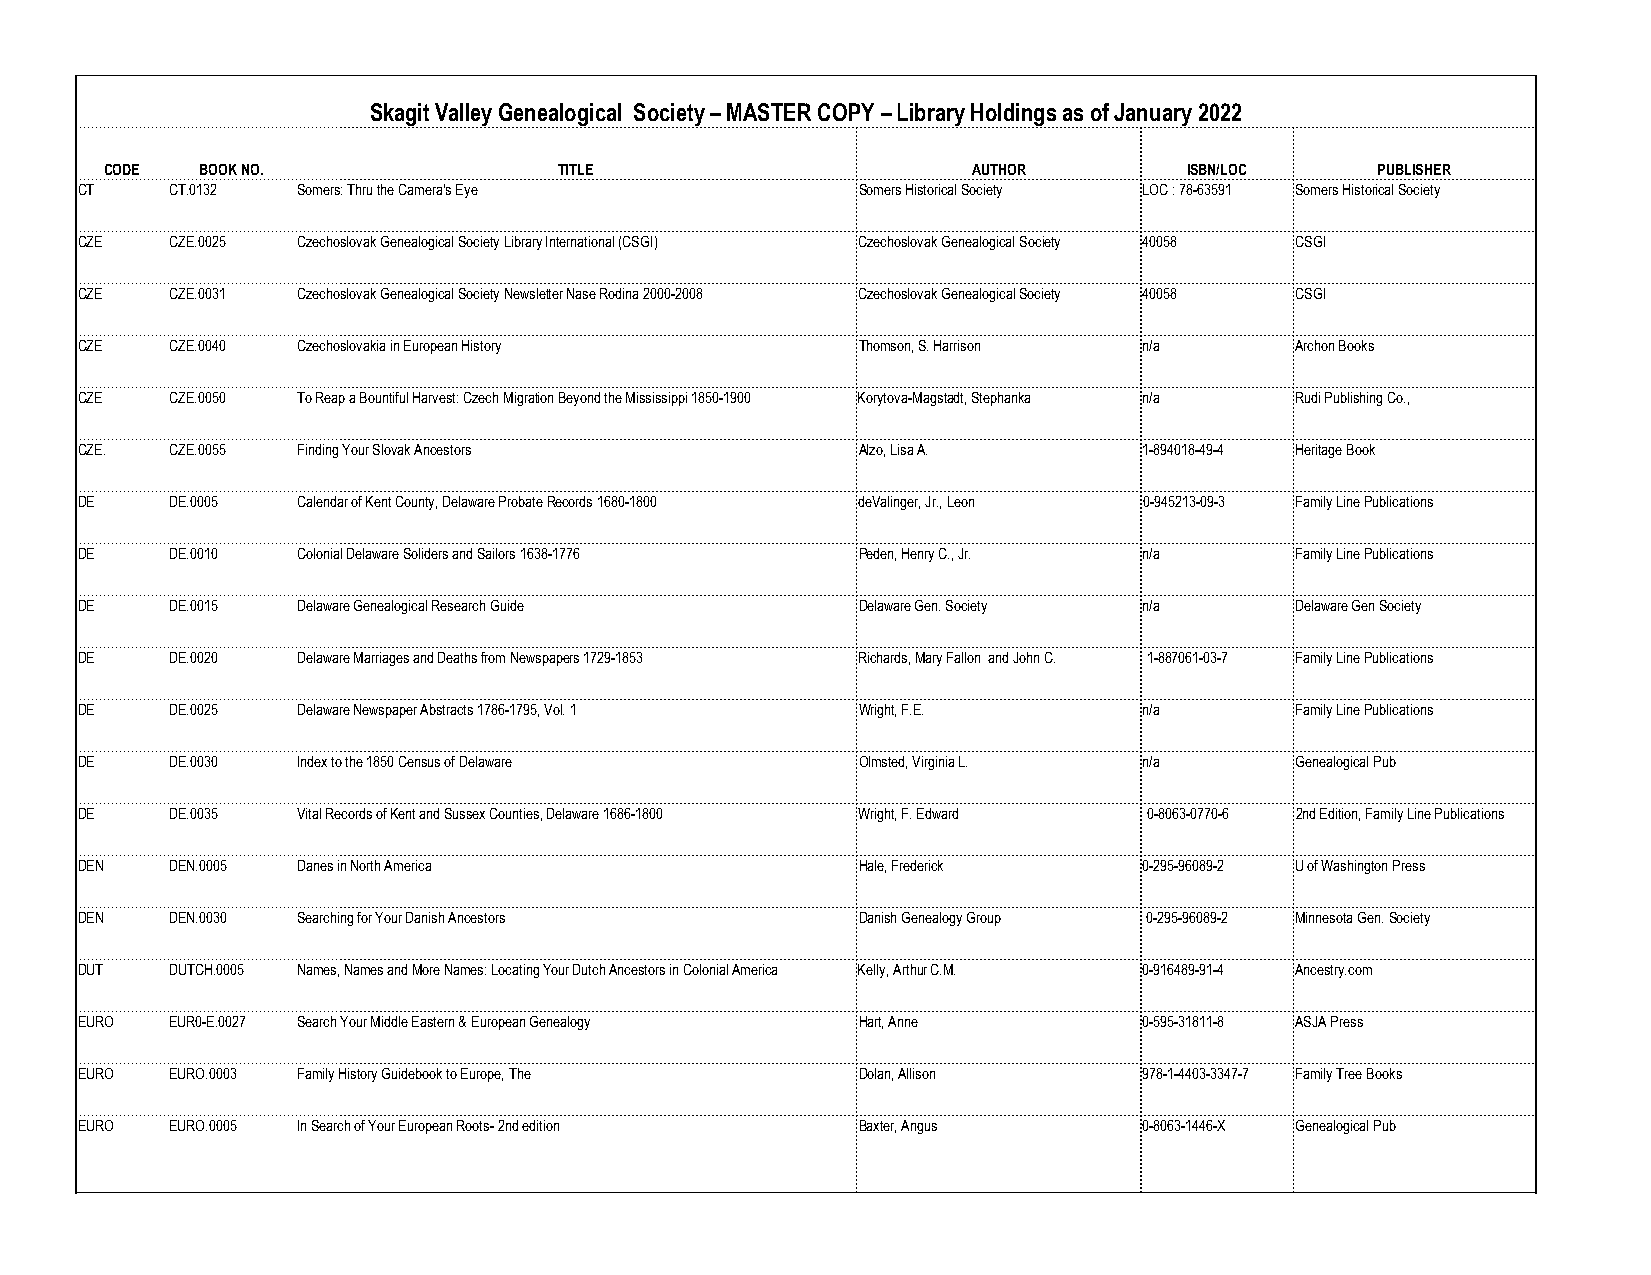
Skagit Valley Genealogical Society – MASTER COPY – Library Holdings as of January 2022
 CODE  BOOK NO.                TITLE                      AUTHOR         ISBN/LOC    PUBLISHER
 CT    CT.0132  Somers: Thru the Camera's Eye        Somers Historical Society LOC : 78-63591 Somers Historical Society
 CZE   CZE.0025 Czechoslovak Genealogical Society Library International (CSGI) Czechoslovak Genealogical Society 40058 CSGI
 CZE   CZE.0031 Czechoslovak Genealogical Society Newsletter Nase Rodina 2000-2008 Czechoslovak Genealogical Society 40058 CSGI
 CZE   CZE.0040 Czechoslovakia in European History   Thomson, S. Harrison n/a     Archon Books
 CZE   CZE.0050 To Reap a Bountiful Harvest: Czech Migration Beyond the Mississippi 1850-1900 Korytova-Magstadt, Stephanka n/a Rudi Publishing Co.,
 CZE.  CZE.0055 Finding Your Slovak Ancestors        Alzo, Lisa A.      1-894018-49-4 Heritage Book
 DE    DE.0005  Calendar of Kent County, Delaware Probate Records 1680-1800 deValinger, Jr., Leon 0-945213-09-3 Family Line Publications
 DE    DE.0010  Colonial Delaware Soliders and Sailors 1638-1776 Peden, Henry C., Jr. n/a Family Line Publications
 DE    DE.0015  Delaware Genealogical Research Guide Delaware Gen. Society n/a    Delaware Gen Society
 DE    DE.0020  Delaware Marriages and Deaths from Newspapers 1729-1853 Richards, Mary Fallon and John C. 1-887061-03-7 Family Line Publications
 DE    DE.0025  Delaware Newspaper Abstracts 1786-1795, Vol. 1 Wright, F.E. n/a   Family Line Publications
 DE    DE.0030  Index to the 1850 Census of Delaware Olmsted, Virginia L. n/a     Genealogical Pub
 DE    DE.0035  Vital Records of Kent and Sussex Counties, Delaware 1686-1800 Wright, F. Edward 0-8063-0770-6 2nd Edition, Family Line Publications
 DEN   DEN.0005 Danes in North America               Hale, Frederick    0-295-96089-2 U of Washington Press
 DEN   DEN.0030 Searching for Your Danish Ancestors  Danish Genealogy Group 0-295-96089-2 Minnesota Gen. Society
 DUT   DUTCH.0005 Names, Names and More Names: Locating Your Dutch Ancestors in Colonial America Kelly, Arthur C.M. 0-916489-91-4 Ancestry.com
 EURO  EUR0-E.0027 Search Your Middle Eastern & European Genealogy Hart, Anne 0-595-31811-8 ASJA Press
 EURO  EURO.0003 Family History Guidebook to Europe, The Dolan, Allison 978-1-4403-3347-7 Family Tree Books
 EURO  EURO.0005 In Search of Your European Roots- 2nd edition Baxter, Angus 0-8063-1446-X Genealogical Pub